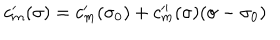
c _ { m } ^ { \prime } ( \sigma ) = c _ { m } ^ { \prime } ( \sigma _ { 0 } ) + c _ { m } ^ { \prime \prime } ( \sigma ) ( \sigma - \sigma _ { 0 } )